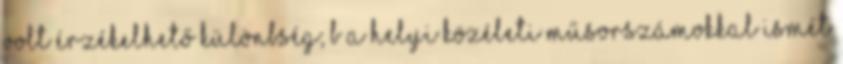
volt érzékelhető különbség; b A helyi közéleti műsorszámokkal ismét